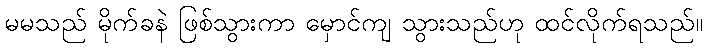
မမသည် မိုက်ခနဲ ဖြစ်သွားကာ မှောင်ကျ သွားသည်ဟု ထင်လိုက်ရသည်။